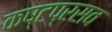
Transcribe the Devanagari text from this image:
कष्टप्रसव